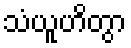
သံယူဟိတွာ